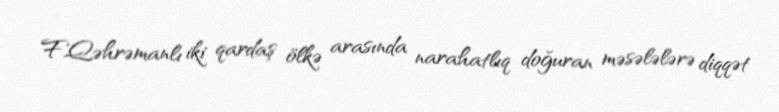
F.Qəhrəmanlı iki qardaş ölkə arasında narahatlıq doğuran məsələlərə diqqət